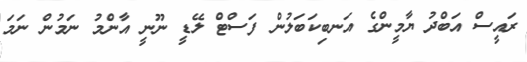
ރައީސް އަބްދު ޔާމީންގެ އަނބިކަބަލުން ފަސްޓް ލޭޑީ ނޫނީ އާންމު ނަމުން ނަމަ